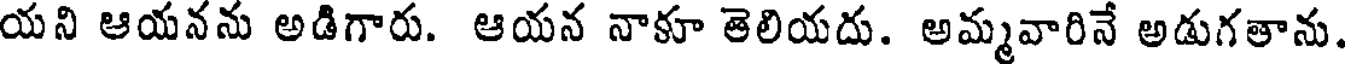
యని ఆయనను అడిగారు. ఆయన నాకూ తెలియదు. అమ్మవారినే అడుగతాను.